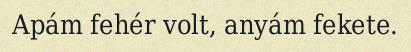
Apám fehér volt, anyám fekete.